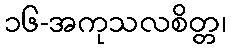
၁၆-အကုသလစိတ္တ၊